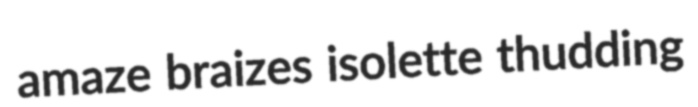
amaze braizes isolette thudding